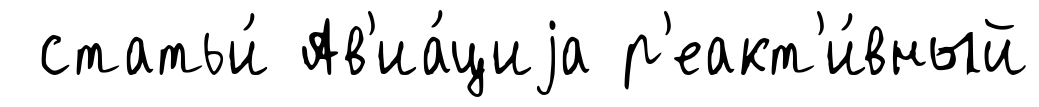
статьи́ Ав'иа́циjа р'еакт'и́вный